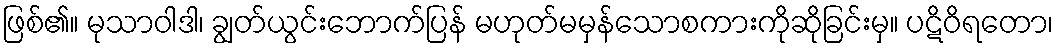
ဖြစ်၏။ မုသာဝါဒါ၊ ချွတ်ယွင်းဘောက်ပြန် မဟုတ်မမှန်သောစကားကိုဆိုခြင်းမှ။ ပဋိဝိရတော၊